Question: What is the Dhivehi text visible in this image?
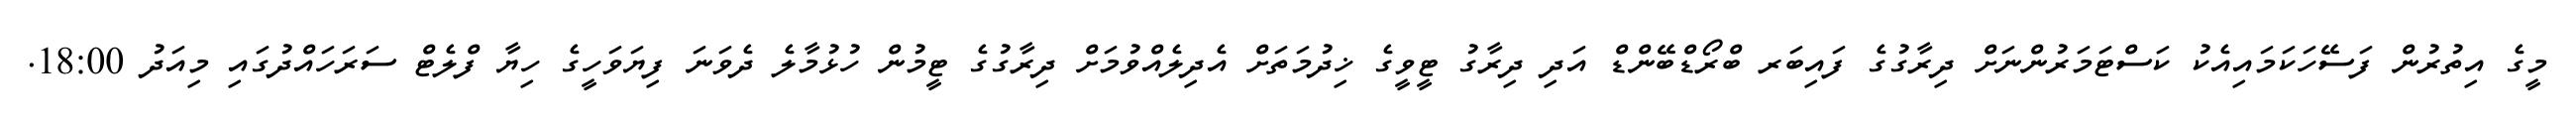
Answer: މީގެ އިތުރުން ފަސޭހަކަމައިއެކު ކަސްޓަމަރުންނަށް ދިރާގުގެ ފައިބަރ ބްރޯޑްބޭންޑް އަދި ދިރާގު ޓީވީގެ ޚިދުމަތަށް އެދިލެއްވުމަށް ދިރާގުގެ ޓީމުން ހުޅުމާލެ ދެވަނަ ފިޔަވަހީގެ ހިޔާ ފްލެޓް ސަރަހައްދުގައި މިއަދު 18:00.